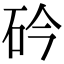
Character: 砛